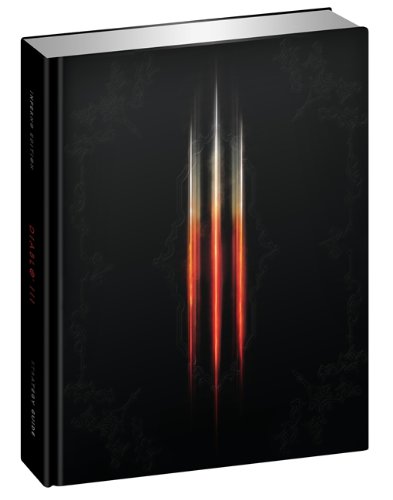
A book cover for Diablo 3: Strategy Guide, Limited Edition; Doug Walsh; Computers & Technology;